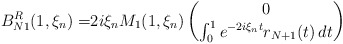
\begin{align*}B_{N1}^R(1,\xi_n)=&2i\xi_n M_1(1,\xi_n)\begin{pmatrix}0\\\int_0^1 e^{-2i\xi_nt}r_{N+1}(t)\,dt\end{pmatrix}\end{align*}